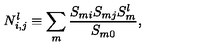
N _ { i , j } ^ { l } \equiv \sum _ { m } \frac { S _ { m i } S _ { m j } S _ { m } ^ { l } } { S _ { m 0 } } ,